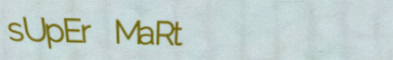
sUpEr MaRt